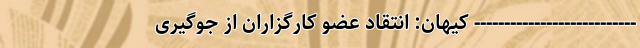
--------------------------- کیهان: انتقاد عضو کارگزاران از جوگیری